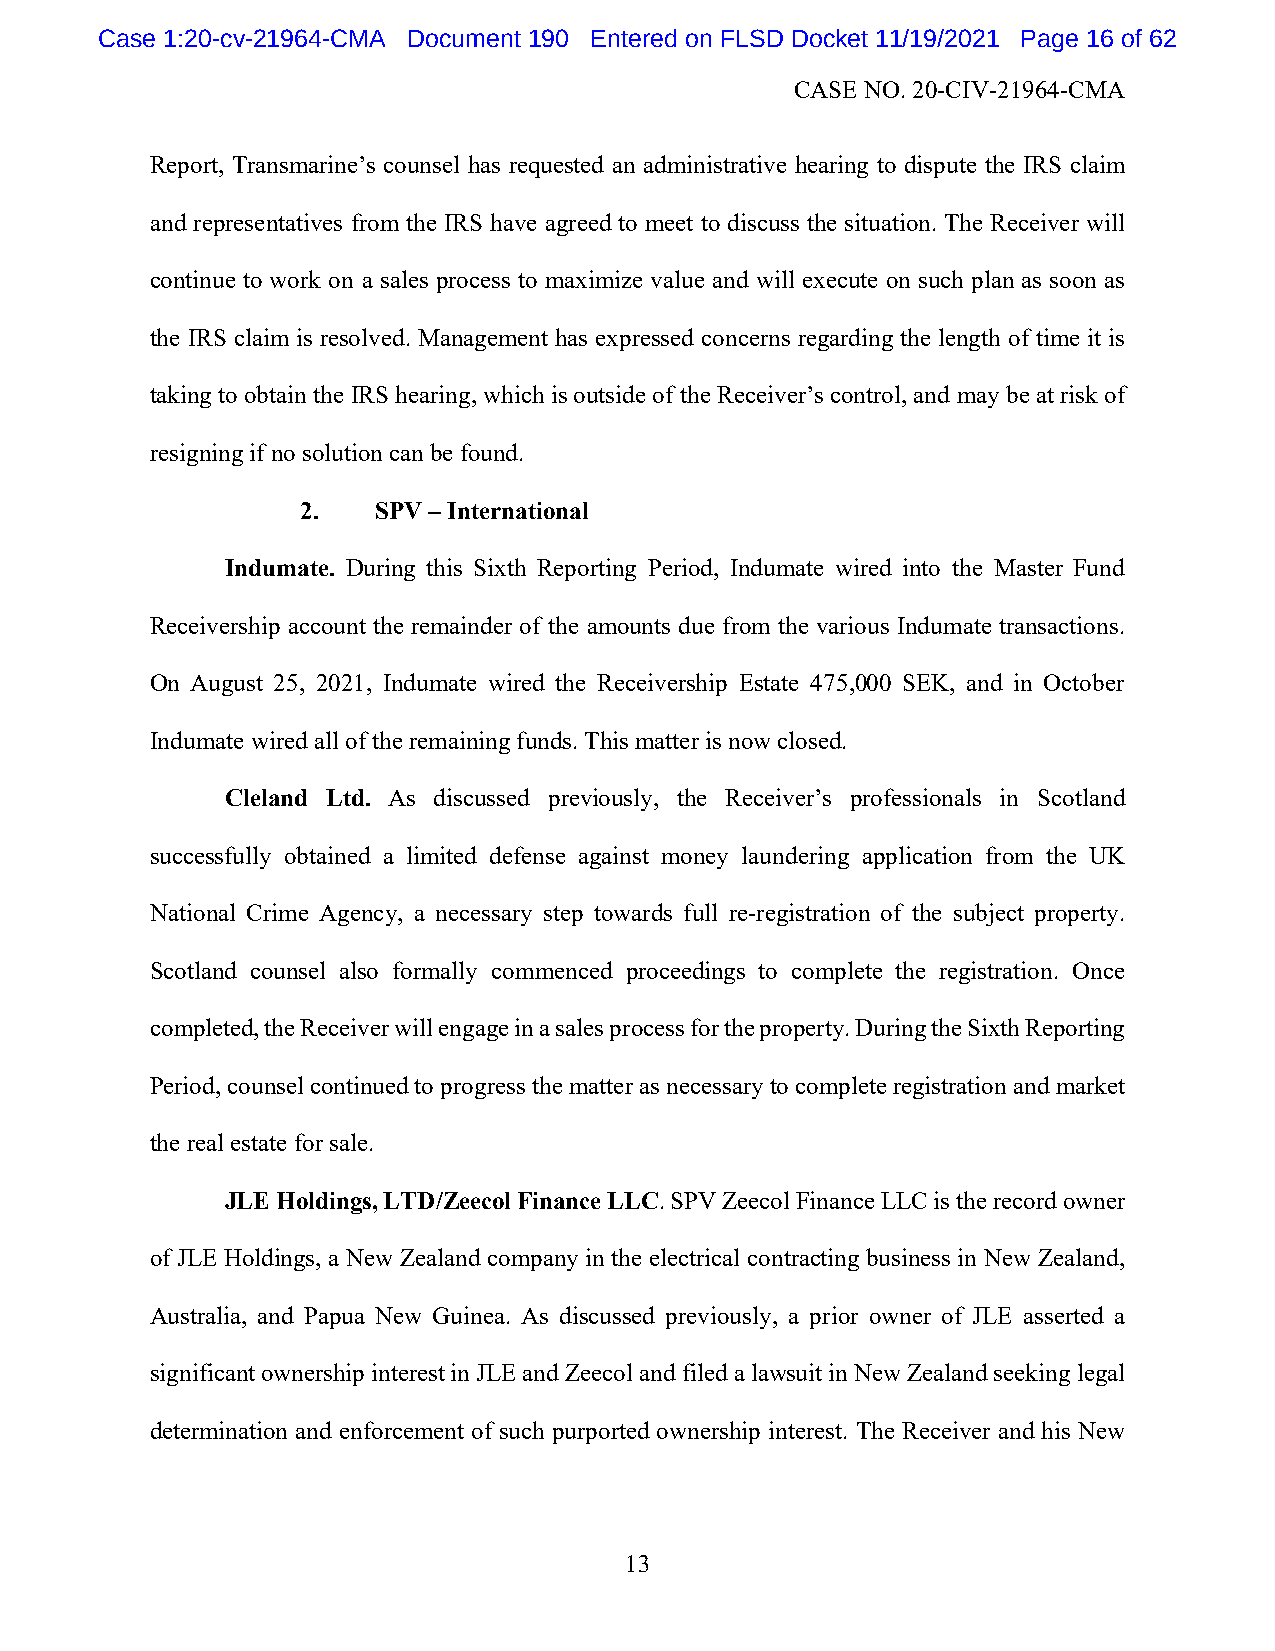
Case 1:20-cv-21964-CMA Document 190 Entered on FLSD Docket 11/19/2021 Page 16 of 62
 CASE NO. 20-CIV-21964-CMA
 Report, Transmarine’s counsel has requested an administrative hearing to dispute the IRS claim
 and representatives from the IRS have agreed to meet to discuss the situation. The Receiver will
 continue to work on a sales process to maximize value and will execute on such plan as soon as
 the IRS claim is resolved. Management has expressed concerns regarding the length of time it is
 taking to obtain the IRS hearing, which is outside of the Receiver’s control, and may be at risk of
 resigning if no solution can be found.
 2.   SPV – International
 Indumate. During this Sixth Reporting Period, Indumate wired into the Master Fund
 Receivership account the remainder of the amounts due from the various Indumate transactions.
 On August 25, 2021, Indumate wired the Receivership Estate 475,000 SEK, and in October
 Indumate wired all of the remaining funds. This matter is now closed.
 Cleland Ltd. As discussed previously, the Receiver’s professionals in Scotland
 successfully obtained a limited defense against money laundering application from the UK
 National Crime Agency, a necessary step towards full re-registration of the subject property.
 Scotland counsel also formally commenced proceedings to complete the registration. Once
 completed, the Receiver will engage in a sales process for the property. During the Sixth Reporting
 Period, counsel continued to progress the matter as necessary to complete registration and market
 the real estate for sale.
 JLE Holdings, LTD/Zeecol Finance LLC. SPV Zeecol Finance LLC is the record owner
 of JLE Holdings, a New Zealand company in the electrical contracting business in New Zealand,
 Australia, and Papua New Guinea. As discussed previously, a prior owner of JLE asserted a
 significant ownership interest in JLE and Zeecol and filed a lawsuit in New Zealand seeking legal
 determination and enforcement of such purported ownership interest. The Receiver and his New
 13